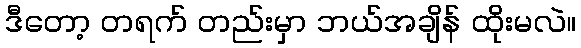
ဒီတော့ တရက် တည်းမှာ ဘယ်အချိန် ထိုးမလဲ။